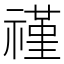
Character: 𬓑